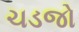
ચડજો